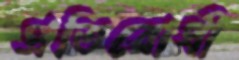
প্রতিরোধী